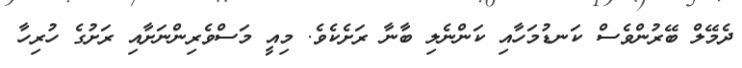
ދެމޭލް ބޭރުންވެސް ކަނޑުމަހާއި ކަންނެލި ބާނާ ރަށެކެވެ. މިއީ މަސްވެރިންނަށާއި ރަށުގެ ހުރިހާ